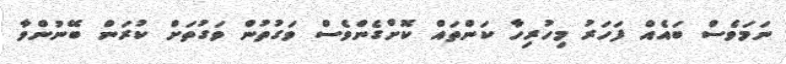
ނަމަވެސް ބައެއް ފަހަރު މިހުރިހާ ކަންތައް ކޮށްގެންވެސް ވަގުތުން ވަގުތަށް ކުރަން ބޭނުންވާ